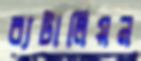
ব্যটালিয়ন